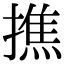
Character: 撨